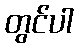
တွင်ပါ